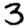
Digit: 3